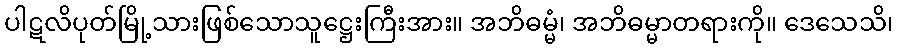
ပါဋလိပုတ်မြို့သားဖြစ်သောသူဋ္ဌေးကြီးအား။ အဘိဓမ္မံ၊ အဘိဓမ္မာတရားကို။ ဒေသေသိ၊